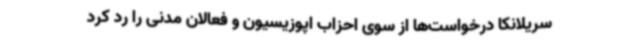
سریلانکا درخواست‌ها از سوی احزاب اپوزیسیون و فعالان مدنی را رد کرد